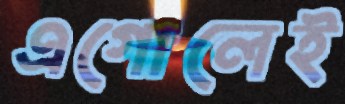
এগোলেই